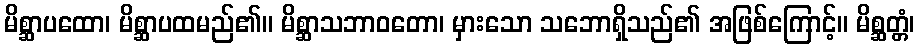
မိစ္ဆာပထော၊ မိစ္ဆာပထမည်၏။ မိစ္ဆာသဘာဝတော၊ မှားသော သဘောရှိသည်၏ အဖြစ်ကြောင့်။ မိစ္ဆတ္တံ၊